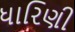
ધારિણી